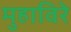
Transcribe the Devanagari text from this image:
मुहाविरे